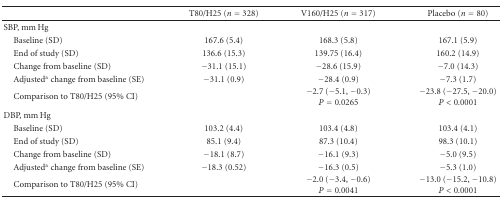
|  | T80/H25 (n = 328) | V160/H25 (n = 317) | Placebo (n = 80) |
 | --- | --- | --- | --- |
 | SBP, mm Hg |  |  |  |
 | Baseline (SD) | 167.6 (5.4) | 168.3 (5.8) | 167.1 (5.9) |
 | End of study (SD) | 136.6 (15.3) | 139.75 (16.4) | 160.2 (14.9) |
 | Change from baseline (SD) | −31.1 (15.1) | −28.6 (15.9) | −7.0 (14.3) |
 | Adjusteda change from baseline (SE) | −31.1 (0.9) | −28.4 (0.9) | −7.3 (1.7) |
 | Comparison to T80/H25 (95% CI) |  | −2.7 (−5.1, −0.3) P = 0.0265 | −23.8 (−27.5, −20.0) P < 0.0001 |
 | DBP, mm Hg |  |  |  |
 | Baseline (SD) | 103.2 (4.4) | 103.4 (4.8) | 103.4 (4.1) |
 | End of study (SD) | 85.1 (9.4) | 87.3 (10.4) | 98.3 (10.1) |
 | Change from baseline (SD) | −18.1 (8.7) | −16.1 (9.3) | −5.0 (9.5) |
 | Adjusteda change from baseline (SE) | −18.3 (0.52) | −16.3 (0.5) | −5.3 (1.0) |
 | Comparison to T80/H25 (95% CI) |  | −2.0 (−3.4, −0.6)P = 0.0041 | −13.0 (−15.2, −10.8)P < 0.0001 |